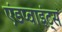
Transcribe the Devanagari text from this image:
एंडप्वाइंट्स